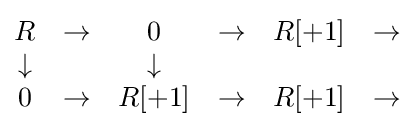
{\begin{matrix}R&\to &0&\to &R[+1]&\to \\\downarrow &&\downarrow &&&\\0&\to &R[+1]&\to &R[+1]&\to \end{matrix}}